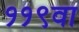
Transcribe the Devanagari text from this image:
११९वा